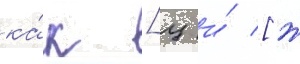
ка́к [ц и́ [ж